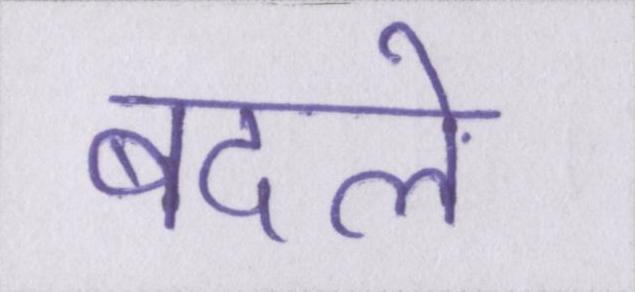
बदले